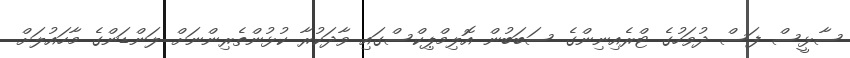
ސާޅީސް ފަސް ދުވަހުގެ ޓްރެއިނިންގެ ސަބަބުން އޮލިމްޕިކްސްގައި ވާދަކުރާ ކުޅުންތެރިންނަށް ލަންޑަންގެ މާހައުލަށް